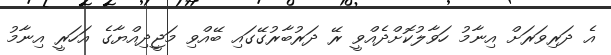
އެ ދަރިވަރަށް އިނާމު ހަވާލުކޮށްދެއްވީ ރޭ ދަރުބާރުގޭގައި ބޭއްވި މަޖީދިއްޔާގެ އަހަރީ އިނާމު